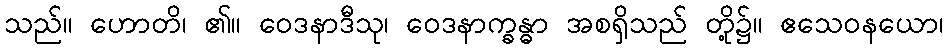
သည်။ ဟောတိ၊ ၏။ ဝေဒနာဒီသု၊ ဝေဒနာက္ခန္ဓာ အစရှိသည် တို့၌။ ဧသေဝနယော၊